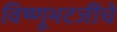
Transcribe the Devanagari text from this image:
विष्णूभटजींचे